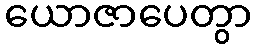
ယောဇာပေတွာ